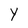
Character: Y